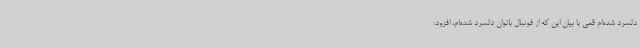
دلسرد شده‌ام قمی با بیان این که از فوتبال بانوان دلسرد شده‌ام، افزود: